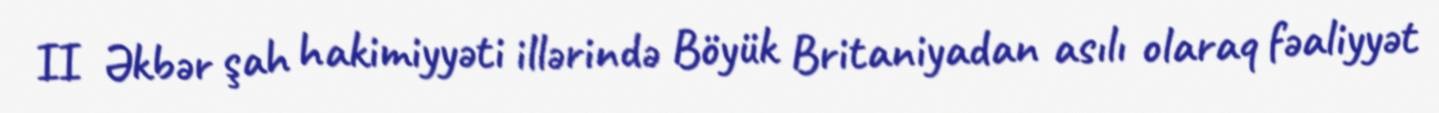
II Əkbər şah hakimiyyəti illərində Böyük Britaniyadan asılı olaraq fəaliyyət